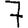
Digit: 7